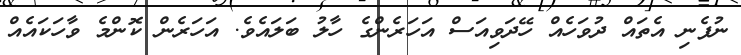
ނުފެނި އެތައް ދުވަހެއް ހޭދަވިއަސް އަހަރެންގެ ހާލު ބަލައެވެ. އަހަރެން ކޮންމެ ވާހަކައެއް